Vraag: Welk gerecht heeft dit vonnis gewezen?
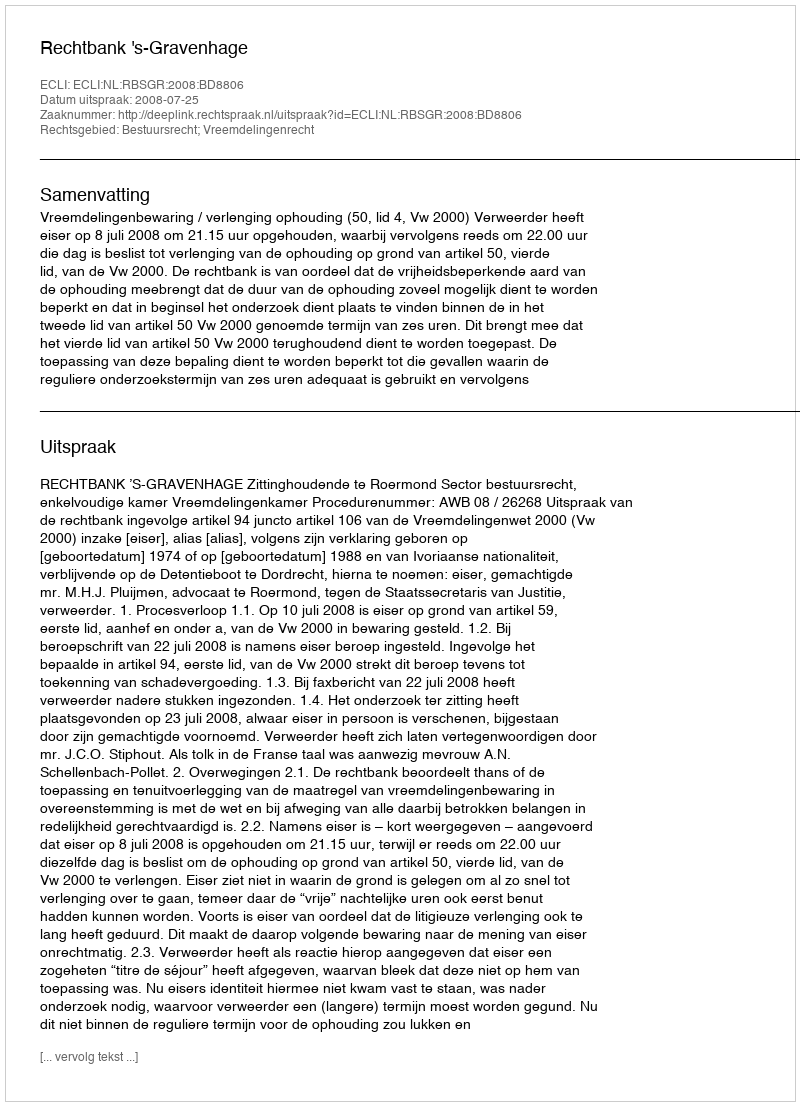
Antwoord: Rechtbank 's-Gravenhage